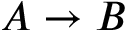
A \rightarrow B